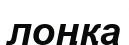
лоңқа